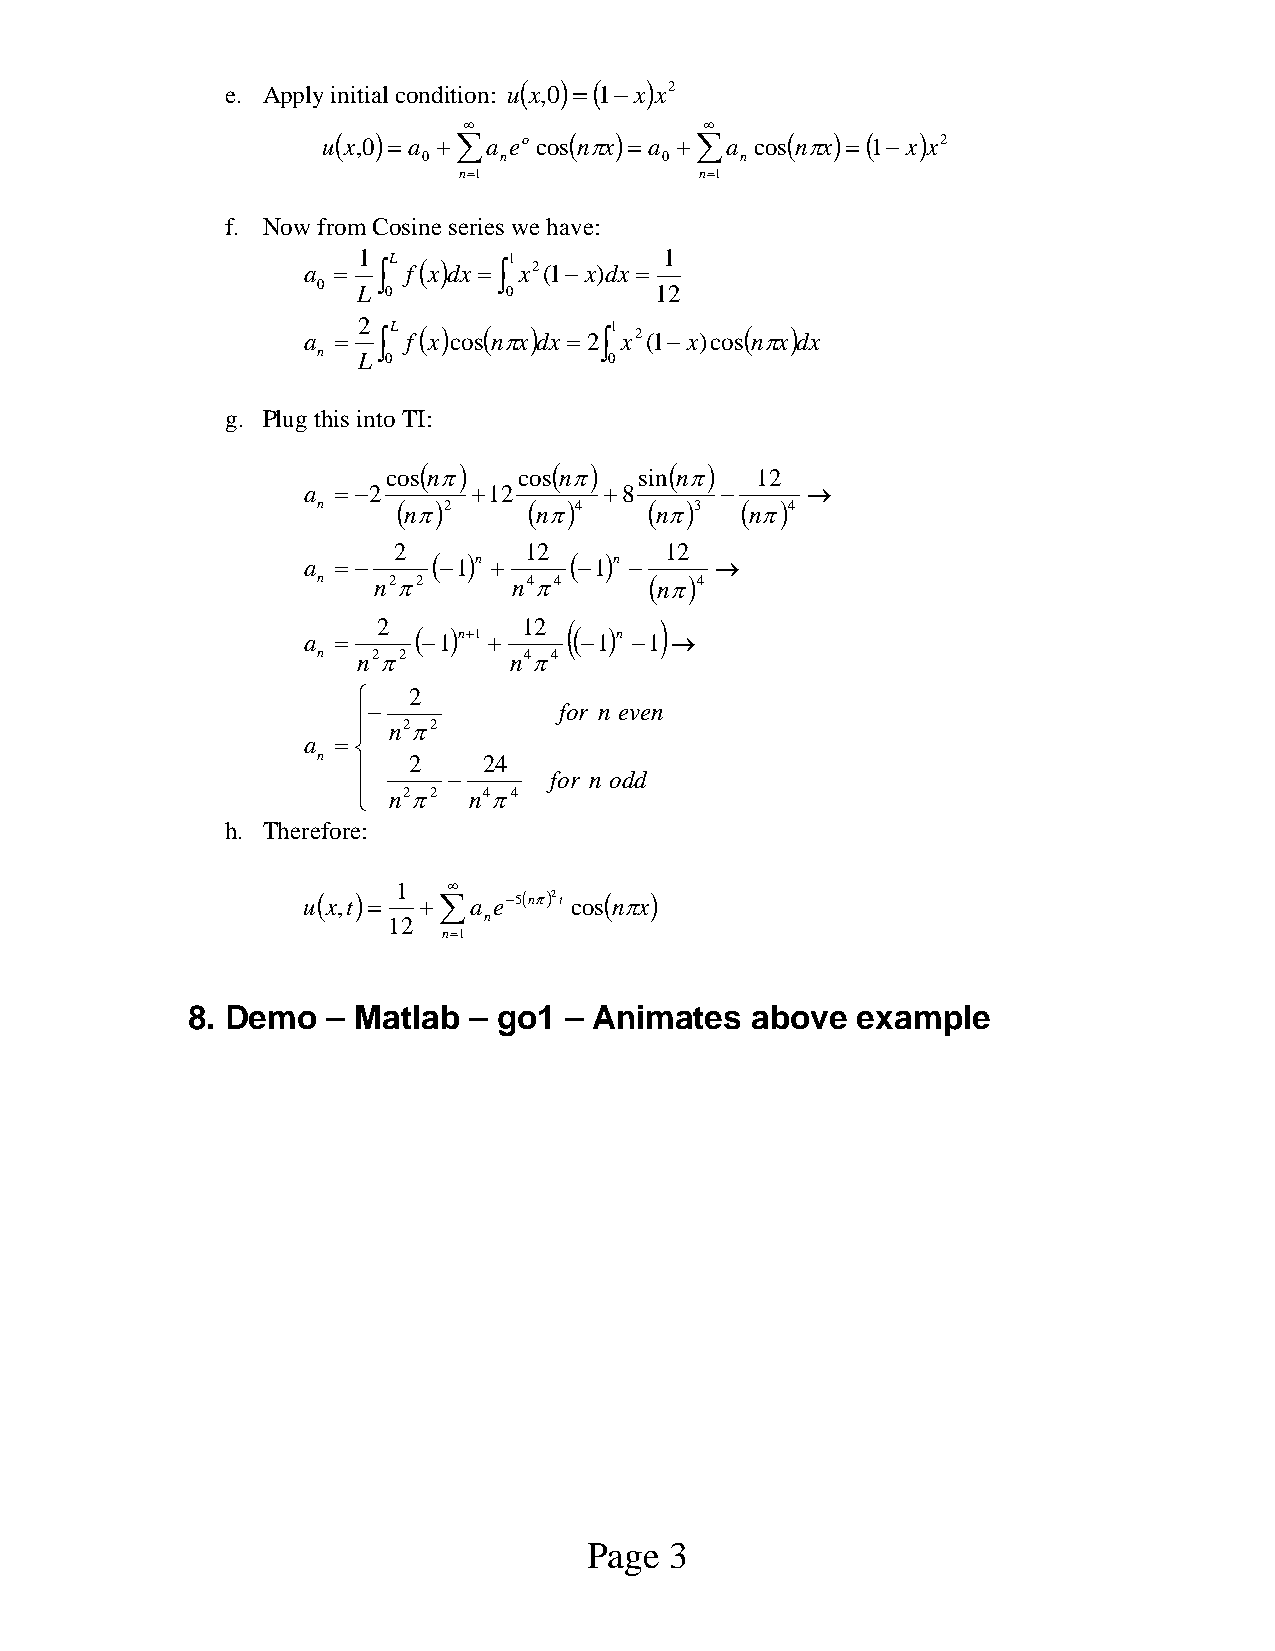
e. Apply initial condition: u( x,0) =( 1−x) x2
 ∞               ∞
 u(x,0) = a +∑a eo cos(nπx) = a +∑a cos(nπx) =( 1− x)x2
 0    n          0    n
 n=1             n=1
 f. Now from Cosine series we have:
 a = 1 ∫L f( x) dx = ∫1 x2(1−x)dx = 1
 0  L 0      0         12
 a =
 2 ∫L f( x) cos( nπx)
 dx =
 2∫1 x2(1−x)cos( nπx)
 dx
 n  L 0             0
 g. Plug this into TI:
 ( )      ( )    (  )
 cos nπ  cos nπ  sin nπ  12
 a = −2     +12      +8      −    →
 n    ( nπ)2   ( nπ)4  ( nπ)3 ( nπ)4
 2        12       12
 a = −
 ( −1)n
 +
 ( −1)n
 −    →
 n   n2π2     n4π4     ( nπ)4
 2         12 (     )
 a =
 ( −1)n+1
 +
 ( −1)n
 −1 →
 n  n2π2      n4π4
 ⎧  2
 −            for n even
 ⎪
 ⎪ n2π2
 a = ⎨
 n     2    24
 ⎪
 −     for n odd
 ⎪ ⎩ n2π2 n4π4
 h. Therefore:
 1   ∞
 u(x,t) = +∑a e−5(nπ)2t cos(nπx)
 12    n
 n=1
 8. Demo   – Matlab – go1 – Animates   above  example
 Page 3